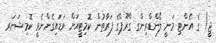
ޖީ) ގެ އެންޓި މަނީ ލޯންޑްރިންގ ގްރޫޕްގެ ފަރާތުން ކޮމިޓީއަށް ވަޑައިގެންނެވީ ކޮމިޝަނަރ